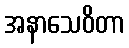
အနာသေဝိတာ